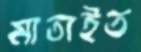
মাতাইত